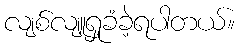
လျစ်လျူရှုခံခဲ့ရပါတယ်။